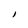
Character: I